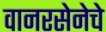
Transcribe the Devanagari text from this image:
वानरसेनेचे